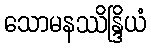
သောမနဿိန္ဒြိယံ